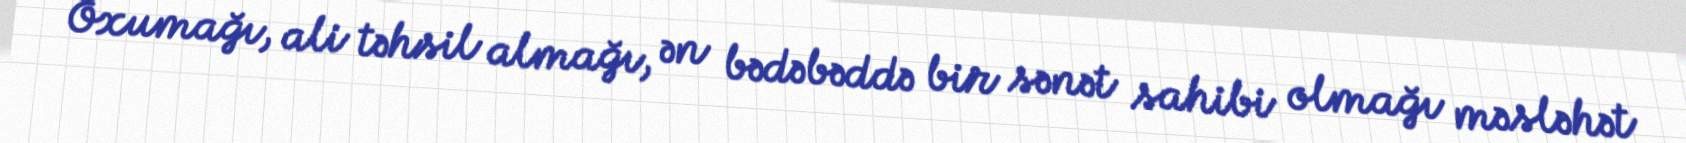
Oxumağı, ali təhsil almağı, ən bədəbəddə bir sənət sahibi olmağı məsləhət